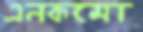
এনকমো